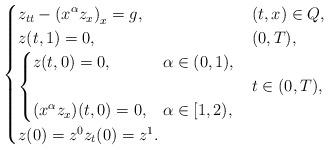
LaTeX: \begin{align*}\begin{cases}z_{tt}- \displaystyle \left(x^\alpha z_{x} \right)_x=g, & (t,x)\in Q,\\z(t,1)=0,& (0,T),\\\begin{cases}z(t,0)=0, & \alpha \in (0,1),\\& \\(x^\alpha z_{ x})(t,0)=0,& \alpha \in [1,2),\end{cases} & t\in (0,T), \\z(0)=z^0 z_{t} (0)=z^1.\end{cases}\end{align*}